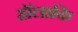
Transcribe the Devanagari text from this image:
हॉलाकि